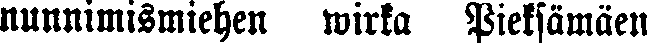
nunnimismiehen wirka Pieksämäen